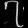
Digit: ၇